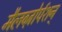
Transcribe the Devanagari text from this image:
मैलब्ज़ोर्पशन्